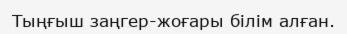
Тыңғыш заңгер-жоғары білім алған.